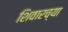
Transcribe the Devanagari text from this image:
शिवारच्या